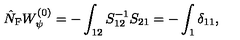
\hat { N } _ { \mathrm { F } } W _ { \psi } ^ { ( 0 ) } = - \int _ { 1 2 } S _ { 1 2 } ^ { - 1 } S _ { 2 1 } = - \int _ { 1 } \delta _ { 1 1 } ,